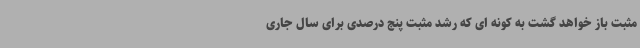
مثبت باز خواهد گشت به کونه ای که رشد مثبت پنج درصدی برای سال جاری